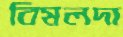
বিমলদা